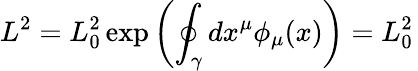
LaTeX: L^{2}=L_{0}^{2}\exp\left(\oint_{\gamma}dx^{\mu}\phi_{\mu}(x)\right)=L_{0}^{2}\,